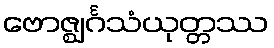
ဗောဇ္ဈင်္ဂသံယုတ္တဿ